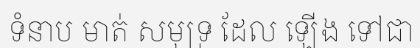
ទំនាប មាត់ សមុទ្រ ដែល ឡើង ទៅជា